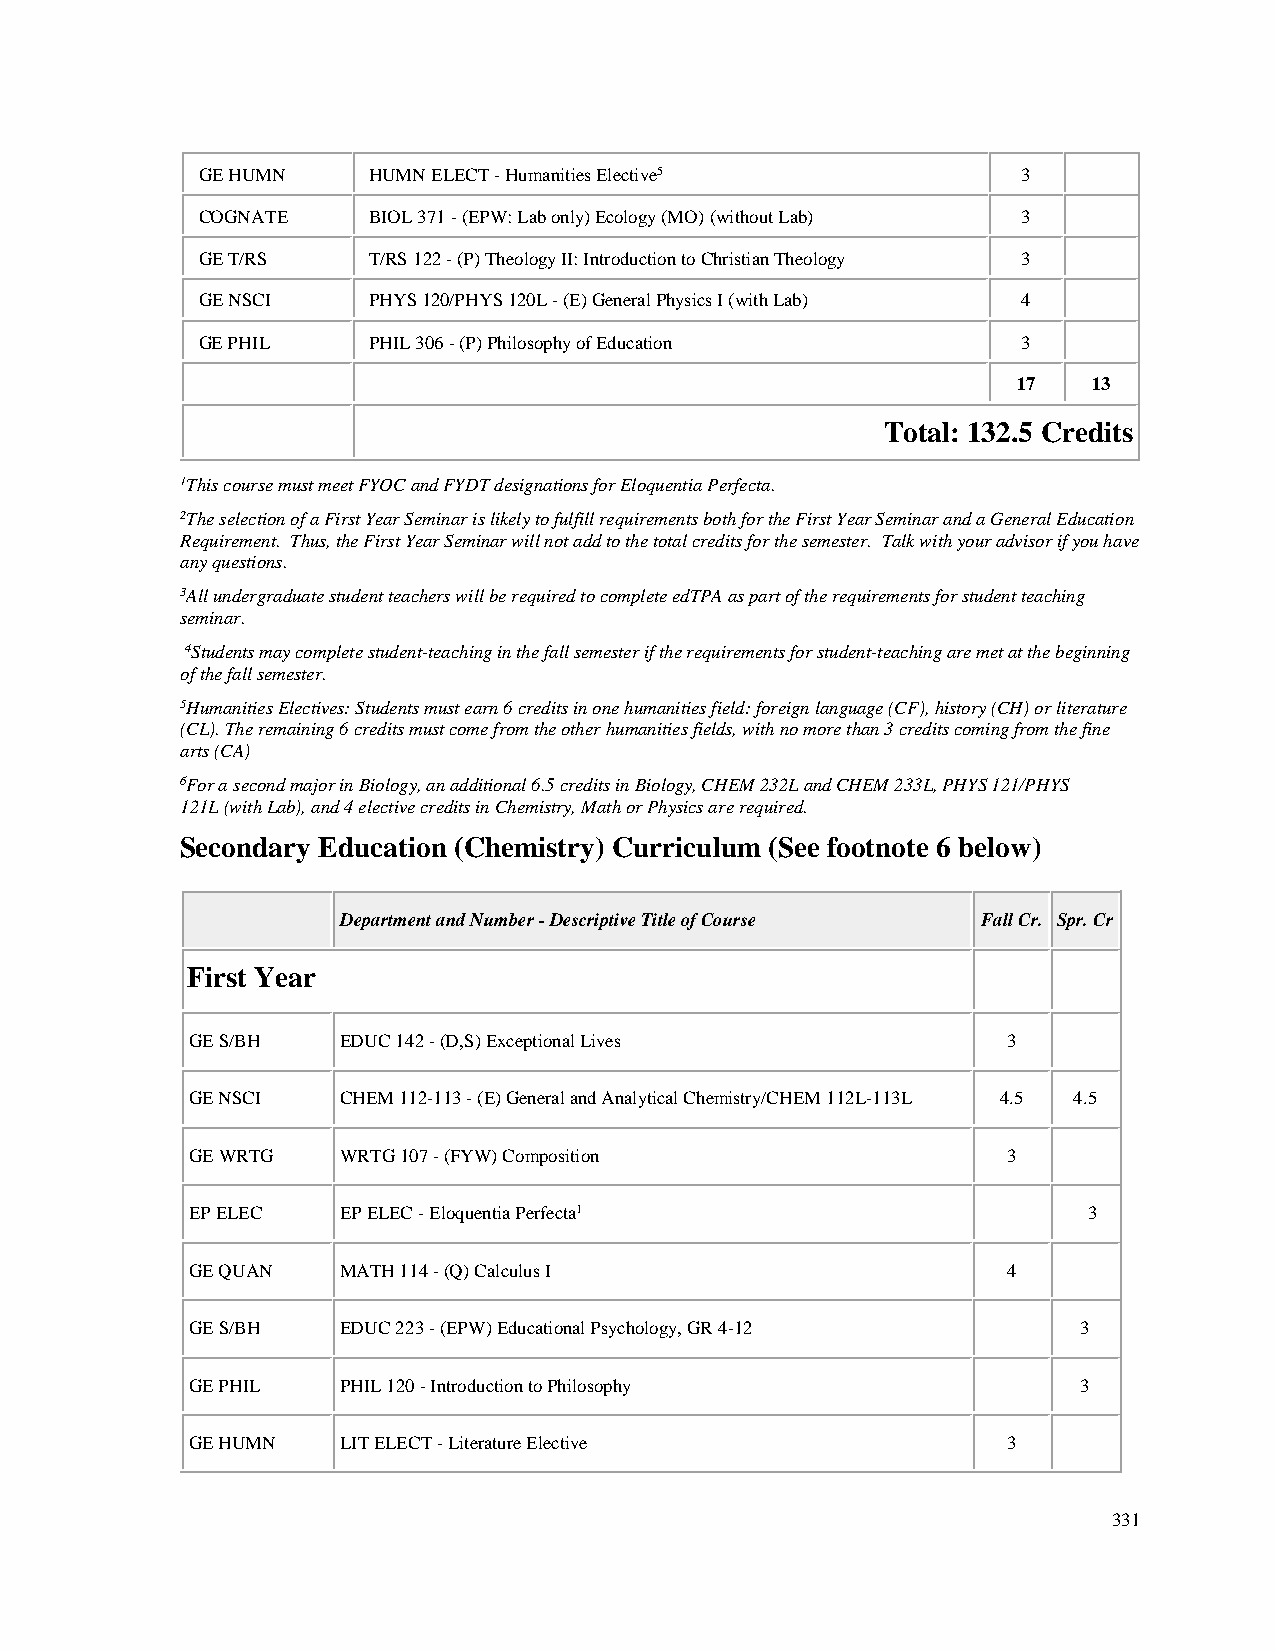
GE HUMN    HUMN ELECT - Humanities Elective5           3
 COGNATE    BIOL 371 - (EPW: Lab only) Ecology (MO) (without Lab) 3
 GE T/RS    T/RS 122 - (P) Theology II: Introduction to Christian Theology 3
 GE NSCI    PHYS 120/PHYS 120L - (E) General Physics I (with Lab) 4
 GE PHIL    PHIL 306 - (P) Philosophy of Education      3
 17   13
 Total: 132.5 Credits
 1This course must meet FYOC and FYDT designations for Eloquentia Perfecta.
 2The selection of a First Year Seminar is likely to fulfill requirements both for the First Year Seminar and a General Education
 Requirement. Thus, the First Year Seminar will not add to the total credits for the semester. Talk with your advisor if you have
 any questions.
 3All undergraduate student teachers will be required to complete edTPA as part of the requirements for student teaching
 seminar.
 4Students may complete student-teaching in the fall semester if the requirements for student-teaching are met at the beginning
 of the fall semester.
 5Humanities Electives: Students must earn 6 credits in one humanities field: foreign language (CF), history (CH) or literature
 (CL). The remaining 6 credits must come from the other humanities fields, with no more than 3 credits coming from the fine
 arts (CA)
 6For a second major in Biology, an additional 6.5 credits in Biology, CHEM 232L and CHEM 233L, PHYS 121/PHYS
 121L (with Lab), and 4 elective credits in Chemistry, Math or Physics are required.
 Secondary Education (Chemistry) Curriculum (See footnote 6 below)
 Department and Number - Descriptive Title of Course Fall Cr. Spr. Cr
 First Year
 GE S/BH   EDUC 142 - (D,S) Exceptional Lives          3
 GE NSCI   CHEM 112-113 - (E) General and Analytical Chemistry/CHEM 112L-113L 4.5 4.5
 GE WRTG   WRTG 107 - (FYW) Composition                3
 EP ELEC   EP ELEC - Eloquentia Perfecta1                   3
 GE QUAN   MATH 114 - (Q) Calculus I                   4
 GE S/BH   EDUC 223 - (EPW) Educational Psychology, GR 4-12 3
 GE PHIL   PHIL 120 - Introduction to Philosophy            3
 GE HUMN   LIT ELECT - Literature Elective             3
 331